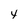
Character: 4